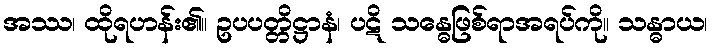
အဿ၊ ထိုရဟန်း၏။ ဥပပတ္တိဋ္ဌာနံ၊ ပဋိ သန္ဓေဖြစ်ရာအရပ်ကို။ သန္ဓာယ၊